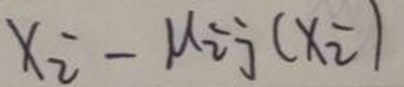
$x _ { 2 } - \mu _ { 2 j } ( x _ { 2 } )$